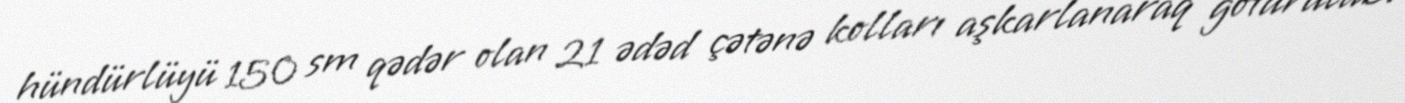
hündürlüyü 150 sm qədər olan 21 ədəd çətənə kolları aşkarlanaraq götürülüb.